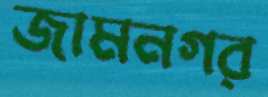
জামনগর